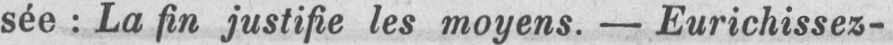
sée: La fin justifie les moyens. - Eurichissez-